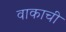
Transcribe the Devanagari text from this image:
वाकाची